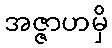
အဇ္ဇာဟမှိ